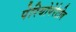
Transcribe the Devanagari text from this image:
पेरियोपेरेटीव